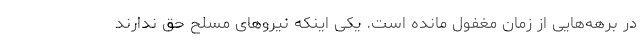
در برهه‌هایی از زمان مغفول مانده است. یکی اینکه نیروهای مسلح حق ندارند